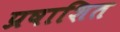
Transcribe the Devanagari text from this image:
प्रषाशित